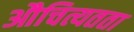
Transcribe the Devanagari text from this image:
औचित्यतता